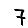
Digit: 7